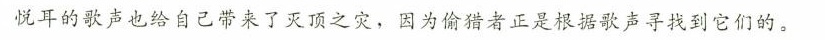
悦耳的歌声也给自己带来了灭顶之灾，因为偷猎者正是根据歌声寻找到它们的。